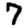
Digit: 7